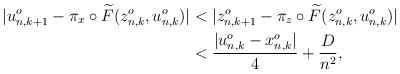
LaTeX: \begin{align*}\begin{aligned} |u^o_{n,k+1} - \pi_x\circ \widetilde{F}(z^o_{n,k}, u^o_{n,k})| &< |z^o_{n,k+1} - \pi_z\circ \widetilde{F}(z^o_{n,k}, u^o_{n,k})|\\ &< \frac{|u^o_{n,k}-x^o_{n,k}|}{4}+ \frac{D}{n^2} ,\end{aligned}\end{align*}